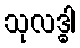
သုလဒ္ဓါ